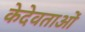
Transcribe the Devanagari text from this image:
केदेवताओं